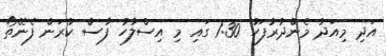
އަދި މިއަދު މެންދުރުފަހު 1:30 ގައި މި އިސްލާހު ފާސް ކުރަން ފެނޭތޯ